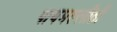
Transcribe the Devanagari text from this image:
पायमल्लीही